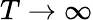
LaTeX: T\rightarrow\infty